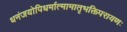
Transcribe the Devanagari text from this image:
धनंजयोपिधर्मात्मामातृभक्तिपरायणः